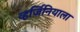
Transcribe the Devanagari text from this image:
व्हर्जिनियाला